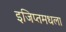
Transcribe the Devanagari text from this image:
इजिप्तमधला